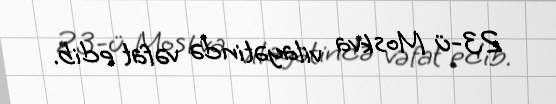
23-ü Moskva vilayətində vəfat edib.